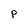
Character: P